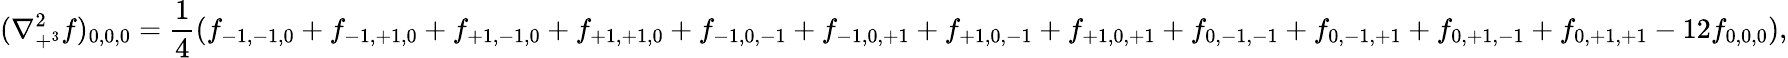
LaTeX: (\nabla_{+^{3}}^{2}f)_{0,0,0}={\frac{1}{4}}(f_{-1,-1,0}+f_{-1,+1,0}+f_{+1,-1,0}+f_{+1,+1,0}+f_{-1,0,-1}+f_{-1,0,+1}+f_{+1,0,-1}+f_{+1,0,+1}+f_{0,-1,-1}+f_{0,-1,+1}+f_{0,+1,-1}+f_{0,+1,+1}-12f_{0,0,0}),